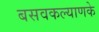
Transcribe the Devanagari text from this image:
बसवकल्याणके